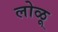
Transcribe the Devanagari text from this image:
लोळू